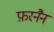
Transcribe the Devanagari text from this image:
फ़रनैन